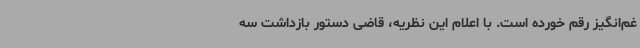
غم‌انگیز رقم خورده است. با اعلام این نظریه، قاضی دستور بازداشت سه‌